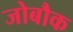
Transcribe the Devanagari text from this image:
जोबौक